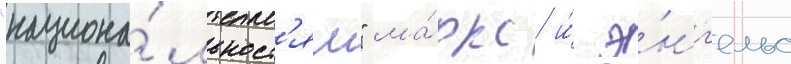
"национа́льност'ям" ма́ркс и́ э́нг'ельс